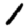
Digit: 1